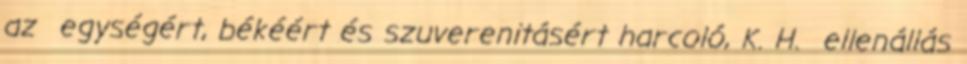
az egységért, békéért és szuverenitásért harcoló, K. H. ellenállás